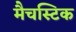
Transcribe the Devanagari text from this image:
मैचस्टिक